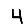
Digit: 4